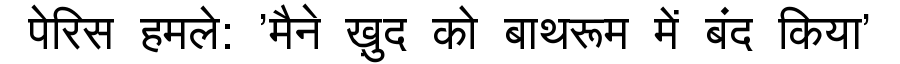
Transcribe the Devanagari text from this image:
पेरिस हमले: 'मैने ख़ुद को बाथरूम में बंद किया'